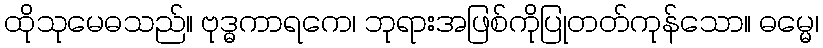
ထိုသုမေဓသည်။ ဗုဒ္ဓကာရကေ၊ ဘုရားအဖြစ်ကိုပြုတတ်ကုန်သော။ ဓမ္မေ၊